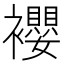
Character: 䙬